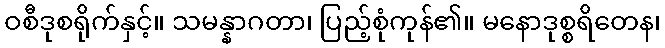
ဝစီဒုစရိုက်နှင့်။ သမန္နာဂတာ၊ ပြည့်စုံကုန်၏။ မနောဒုစ္စရိတေန၊